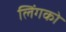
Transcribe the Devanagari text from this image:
लिंगको